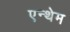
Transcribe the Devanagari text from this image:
एन्थेम